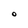
Character: O